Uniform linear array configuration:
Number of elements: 64
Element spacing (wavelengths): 0.75
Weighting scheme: kaiser
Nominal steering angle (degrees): -45
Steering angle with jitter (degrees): -46.746
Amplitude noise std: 0.05
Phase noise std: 0.05

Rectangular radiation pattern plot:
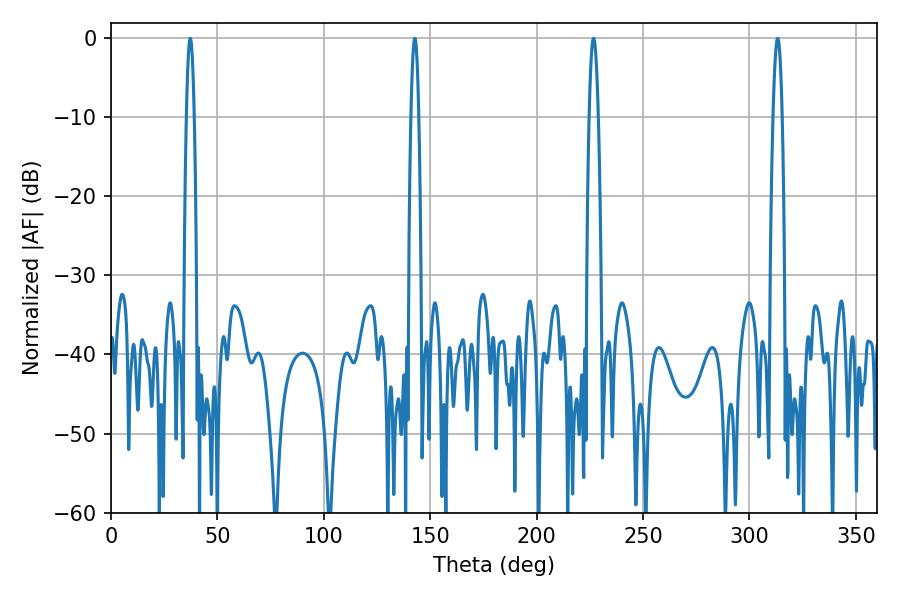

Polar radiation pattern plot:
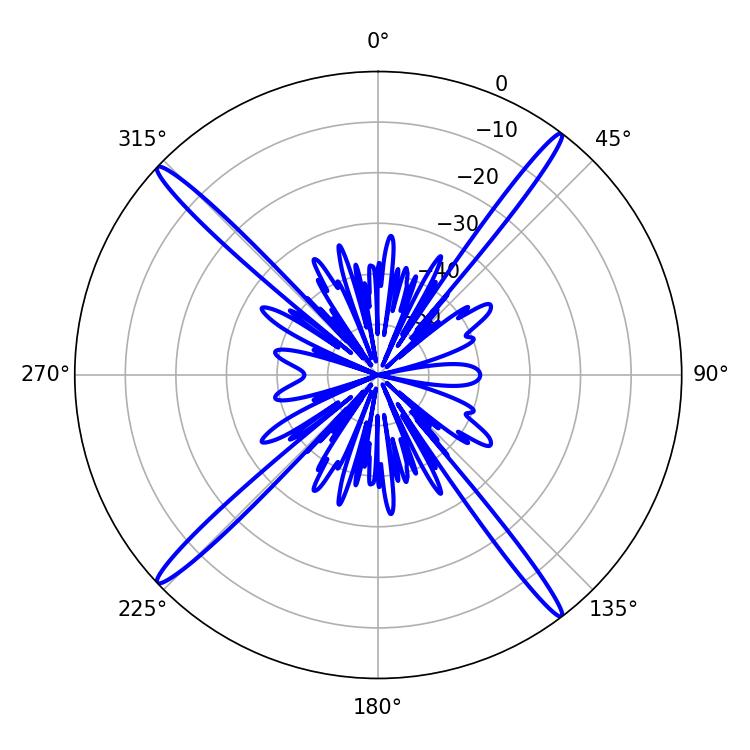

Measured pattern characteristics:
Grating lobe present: TRUE
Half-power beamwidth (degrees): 1.98
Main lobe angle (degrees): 37.26